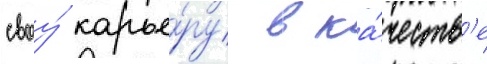
своу́ карье́ру в ка́честв'е